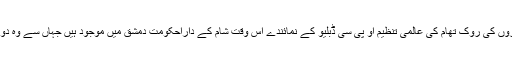
کیمیائی ہتھیاروں کی روک تھام کی عالمی تنظیم او پی سی ڈبلیو کے نمائندے اس وقت شام کے داراحکومت دمشق میں موجود ہیں جہاں سے وہ دوما جائیں گے۔